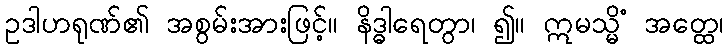
ဥဒါဟရုဏ်၏ အစွမ်းအားဖြင့်။ နိဒ္ဓါရေတွာ၊ ၍။ ဣမသ္မိံ အတ္ထေ၊